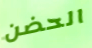
الحضن